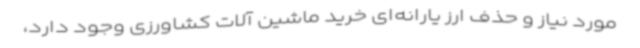
مورد نیاز و حذف ارز یارانه‌ای خرید ماشین آلات کشاورزی وجود دارد،